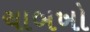
ચાબખો